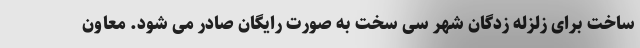
ساخت برای زلزله زدگان شهر سی سخت به صورت رایگان صادر می شود. معاون